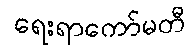
ရေးရာကော်မတီ